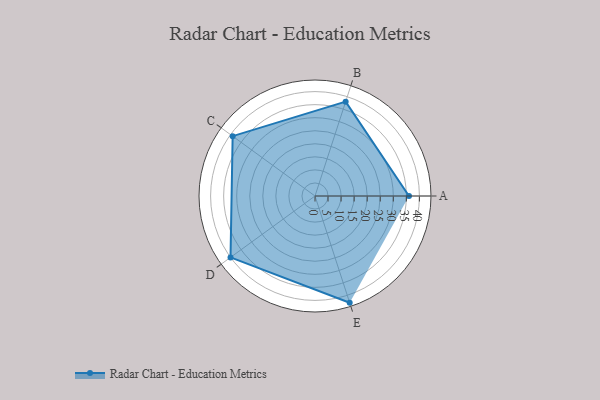
{"axis": {"x": "Skill", "y": "Score"}, "legend": ["Profile"], "data": [{"x": "A", "y": 36.0, "type": "Profile"}, {"x": "B", "y": 38.0, "type": "Profile"}, {"x": "C", "y": 39.0, "type": "Profile"}, {"x": "D", "y": 40.0, "type": "Profile"}, {"x": "E", "y": 43.0, "type": "Profile"}]}